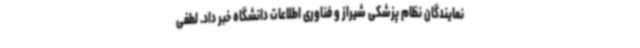
نمایندگان نظام پزشکی شیراز و فناوری اطلاعات دانشگاه خبر داد. لطفی